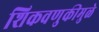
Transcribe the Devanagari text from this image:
शिकवणुकीमुळे